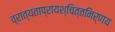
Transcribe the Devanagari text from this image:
व्रात्यताप्रायश्चित्तनिर्णय